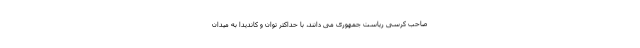
صاحب کرسی ریاست جمهوری می دانند، با حداکثر توان و کاندیدا به میدان